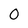
Character: 0